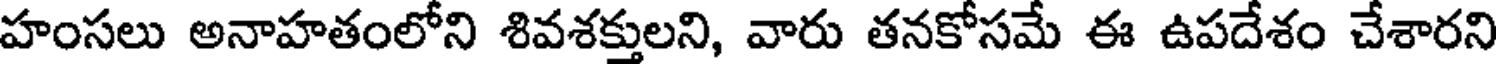
హంసలు అనాహతంలోని శివశక్తులని, వారు తనకోసమే ఈ ఉపదేశం చేశారని